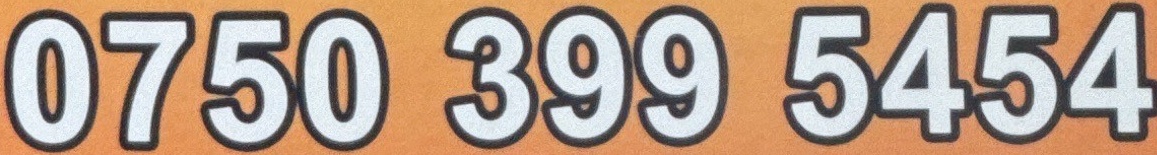
0750 399 5454